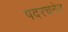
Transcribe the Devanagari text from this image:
पदरचनेत